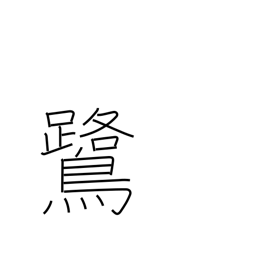
Meaning: heron